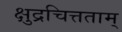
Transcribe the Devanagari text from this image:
क्षुद्रचित्तताम्